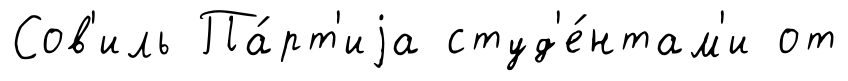
Сов'иль Па́рт'иjа студ'е́нтам'и от